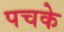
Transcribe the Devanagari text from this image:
पचके